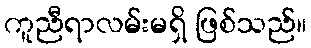
ကူညီရာလမ်းမရှိ ဖြစ်သည်။